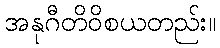
အနုဂီတိဝိစယတည်း။